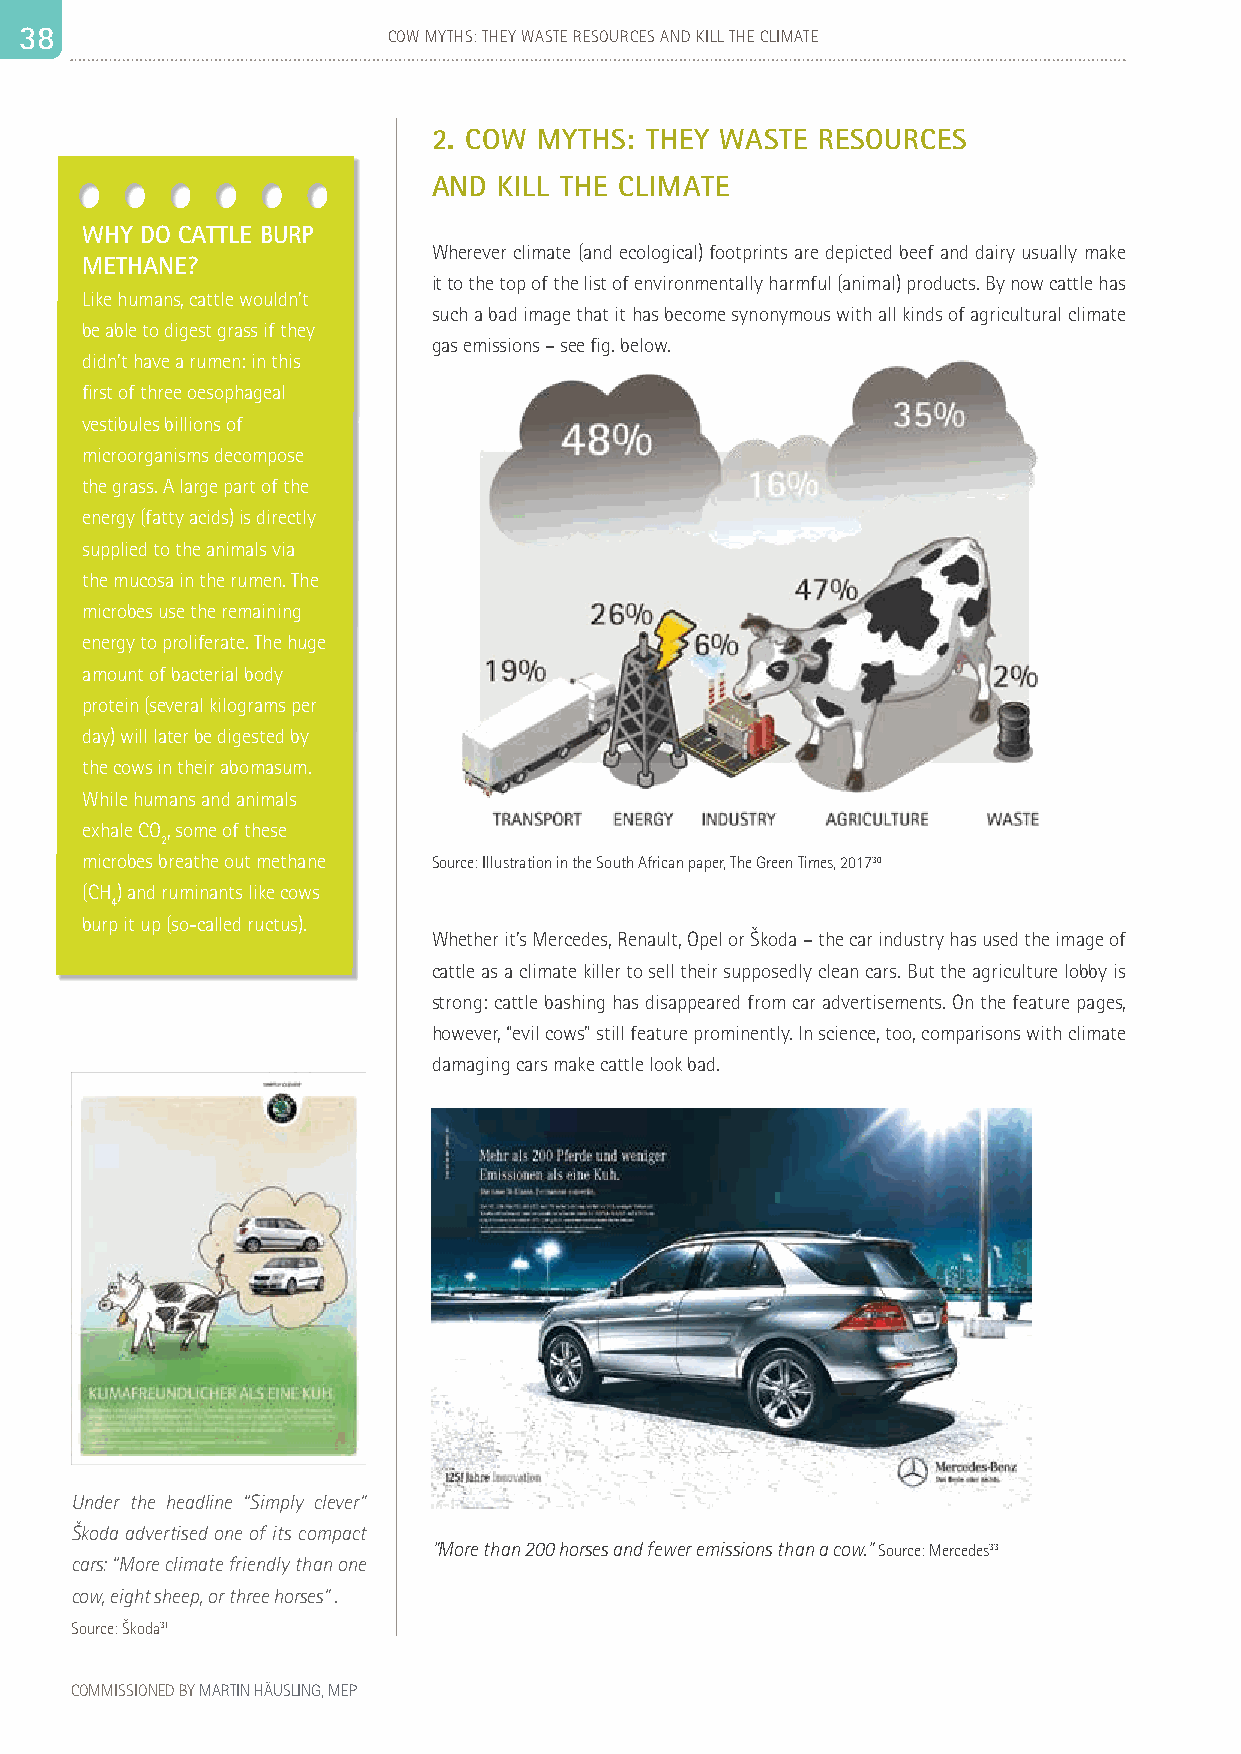
3 38 8                   COW MYTHS: THEY WASTE RESOURCES AND KILL THE CLIMATE                                                                                   39
 2. COW MYTHS: THEY WASTE RESOURCES
 AND KILL THE CLIMATE
 WHY DO CATTLE BURP
 Wherever climate (and ecological) footprints are depicted beef and dairy usually make
 METHANE?
 it to the top of the list of environmentally harmful (animal) products. By now cattle has
 Like humans, cattle wouldn’t
 such a bad image that it has become synonymous with all kinds of agricultural climate
 be able to digest grass if they
 gas emissions – see fig. below.
 didn’t have a rumen: in this
 first of three oesophageal
 vestibules billions of
 microorganisms decompose
 the grass. A large part of the
 energy (fatty acids) is directly
 supplied to the animals via
 the mucosa in the rumen. The
 microbes use the remaining
 energy to proliferate. The huge
 amount of bacterial body
 protein (several kilograms per
 day) will later be digested by
 the cows in their abomasum.
 While humans and animals
 exhale CO, some of these
 2
 microbes breathe out methane Source: Illustration in the South African paper, The Green Times, 201730
 (CH) and ruminants like cows
 4
 burp it up (so-called ructus).
 Whether it’s Mercedes, Renault, Opel or Škoda – the car industry has used the image of
 cattle as a climate killer to sell their supposedly clean cars. But the agriculture lobby is
 strong: cattle bashing has disappeared from car advertisements. On the feature pages,
 however, “evil cows” still feature prominently. In science, too, comparisons with climate
 damaging cars make cattle look bad.
 Under the headline “Simply clever”
 Škoda advertised one of its compact
 "More than 200 horses and fewer emissions than a cow." Source: Mercedes33
 cars: “More climate friendly than one
 cow, eight sheep, or three horses” .
 Source: Škoda31
 COMMISSIONED BY MARTIN HÄUSLING, MEP